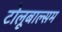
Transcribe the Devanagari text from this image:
टोलूबाल्सम